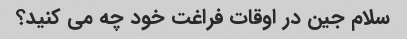
سلام جین در اوقات فراغت خود چه می کنید؟